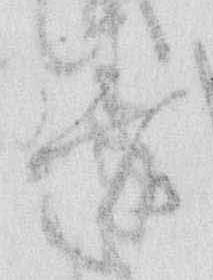
着